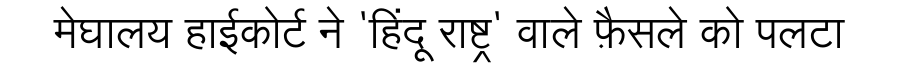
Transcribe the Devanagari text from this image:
मेघालय हाईकोर्ट ने 'हिंदू राष्ट्र' वाले फ़ैसले को पलटा